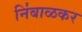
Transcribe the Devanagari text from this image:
नि॑बाळकर